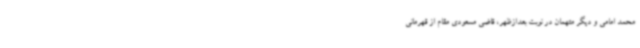
محمد امامی و دیگر متهمان در نوبت بعدازظهر، قاضی مسعودی مقام از قهرمانی